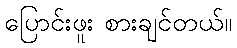
ပြောင်းဖူး စားချင်တယ်။